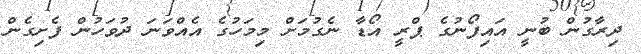
ދިރާގުން ބުނީ އައިފޯނުގެ ޕްރީ އޯޑާ ނެގުމަށް މިމަހުގެ އެއްވަނަ ދުވަހުން ފެށިގެން